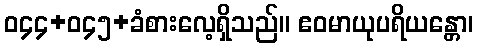
ဝ၄၄+ဝ၄၅+ခံစားလေ့ရှိသည်။ ဧဝမာယုပရိယန္တော၊